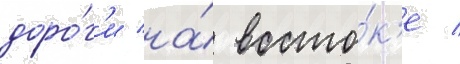
доро́г'и на́ восто́к'е /